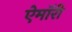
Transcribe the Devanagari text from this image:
ऐमॉरी